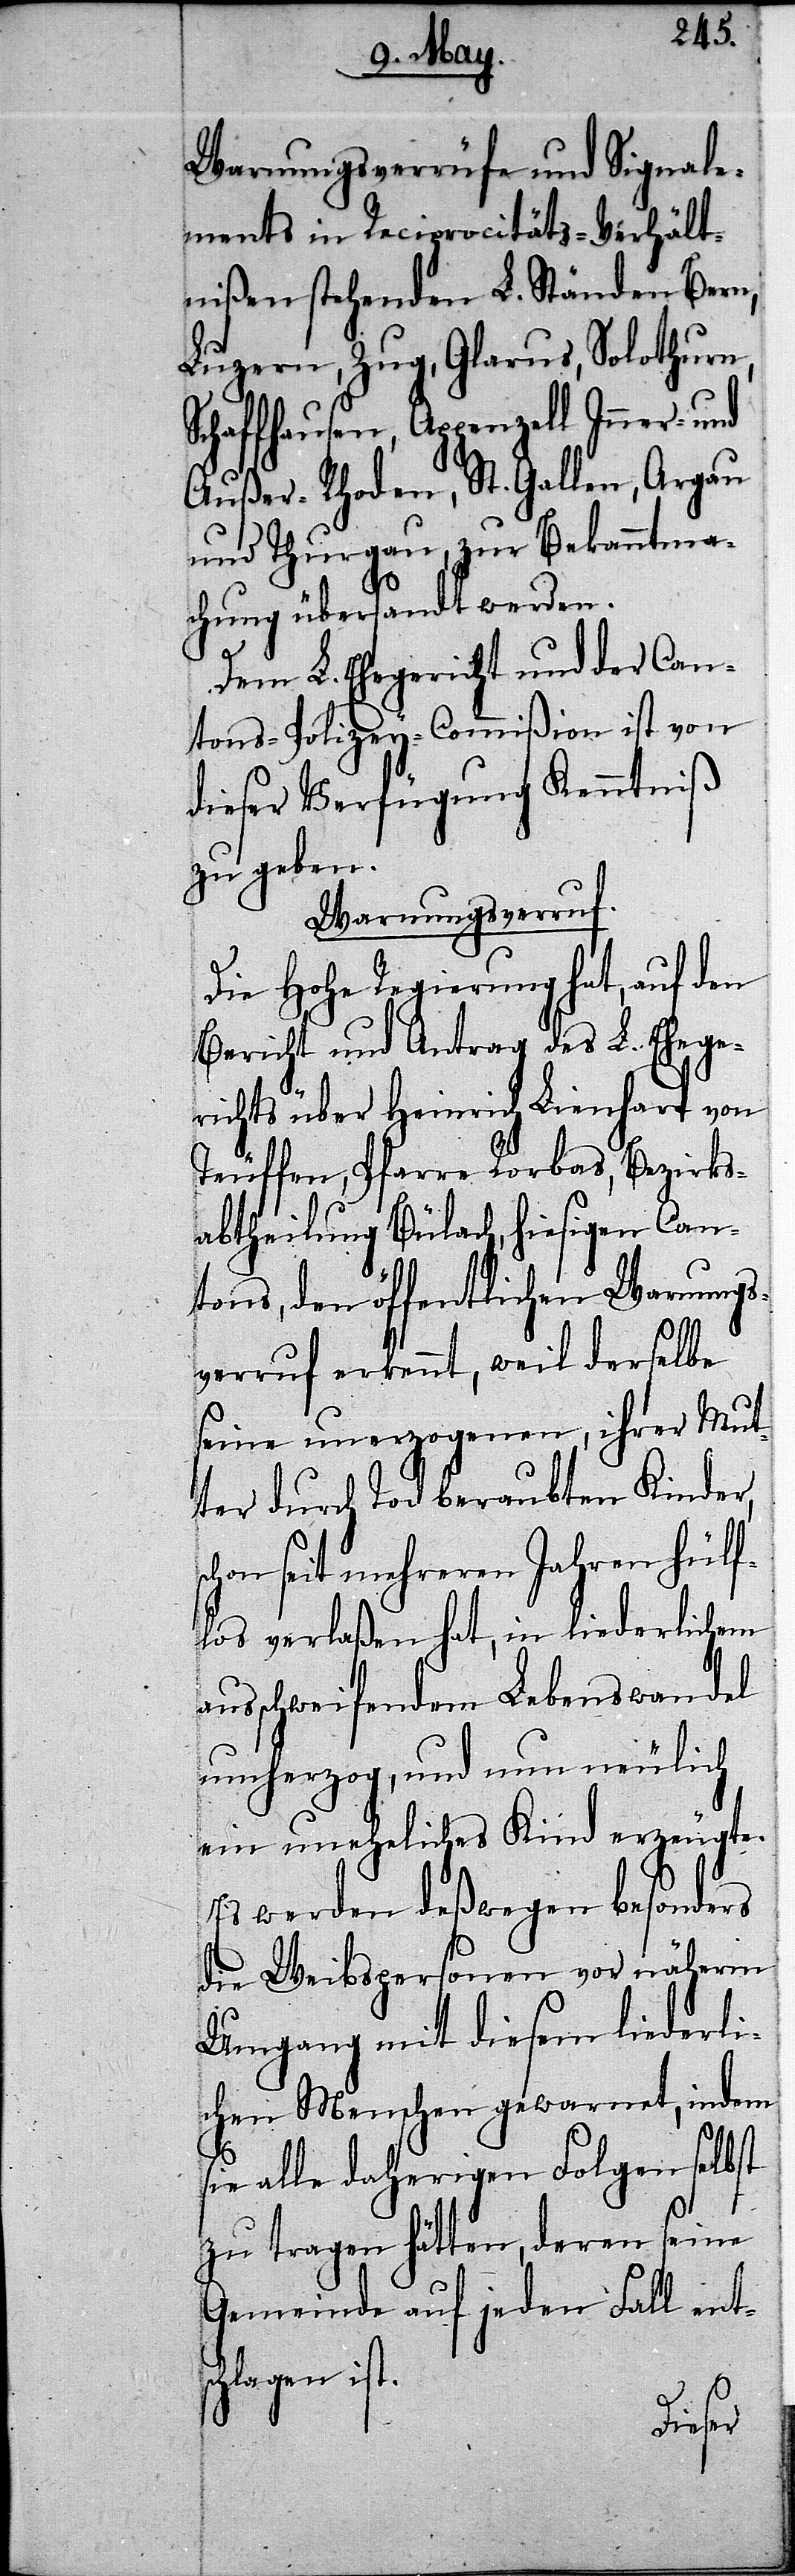
sc¬
Warnungsverrüfe und Signale¬
ments in Reciprocitäts-Verhält¬
nißen stehenden L. Ständen Bern,
Luzern, Zug, Glarus, Solothurn,
Schaffhausen, Appenzell Inner- und
Außer-Rhoden, St. Gallen, Argau
und Thurgau, zur Bekanntma¬
chung übersandt werden.
Dem L. Ehegericht und der Can¬
tons-Polizey-Commißion ist von
dieser Verfügung Kenntniß
zu geben.
Warnungsverruf.
Die Hohe Regierung hat, auf den
Bericht und Antrag des L. Ehege¬
richts über Heinrich Lienhart von
Teuffen, Pfarre Rorbas, Bezirks¬
abtheilung Bülach, hiesigen Can¬
tons, den öffentlichen Warnung¬
sverruf erkennt, weil derselbe
seine unerzogenen, ihrer Mut¬
ter durch Tod beraubten Kinder,
hon seit mehreren Jahren hülf¬
los verlaßen hat, in liederlichem
ausschweifendem Lebenswandel
umherzog, und nun neulich
ein uneheliches Kind erzeugte.
Es werden deßwegen besonders
die Weibspersonen vor näherm
Umgang mit diesem liederli¬
chen Menschen gewarnt, indem
sie alle daherigen Folgen selbst
zu tragen hätten, deren seine
Gemeinde auf jeden Fall ent¬
hlagen ist.